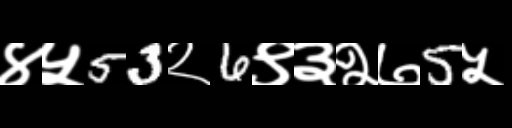
Text: ४५53२6९३२७5५